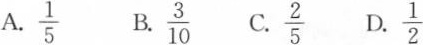
A.\frac{1}{5} B.\frac{3}{10} C.\frac{2}{5} D.\frac{1}{2}